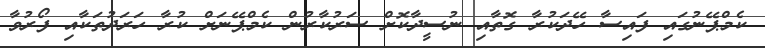
ކެމްޕޭނުގައި ފައިސާ ހޭދަކުރާ ގޮތާއި ނުސީދާކޮށް ސަރުކާރުން ކެމްޕޭނަށް ކުރާ ހަރަދުތަކާއި ފޯރުވާ